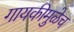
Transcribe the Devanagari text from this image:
गायकीमुळेच